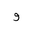
Letter: _waw